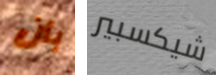
بأن شيكسبير